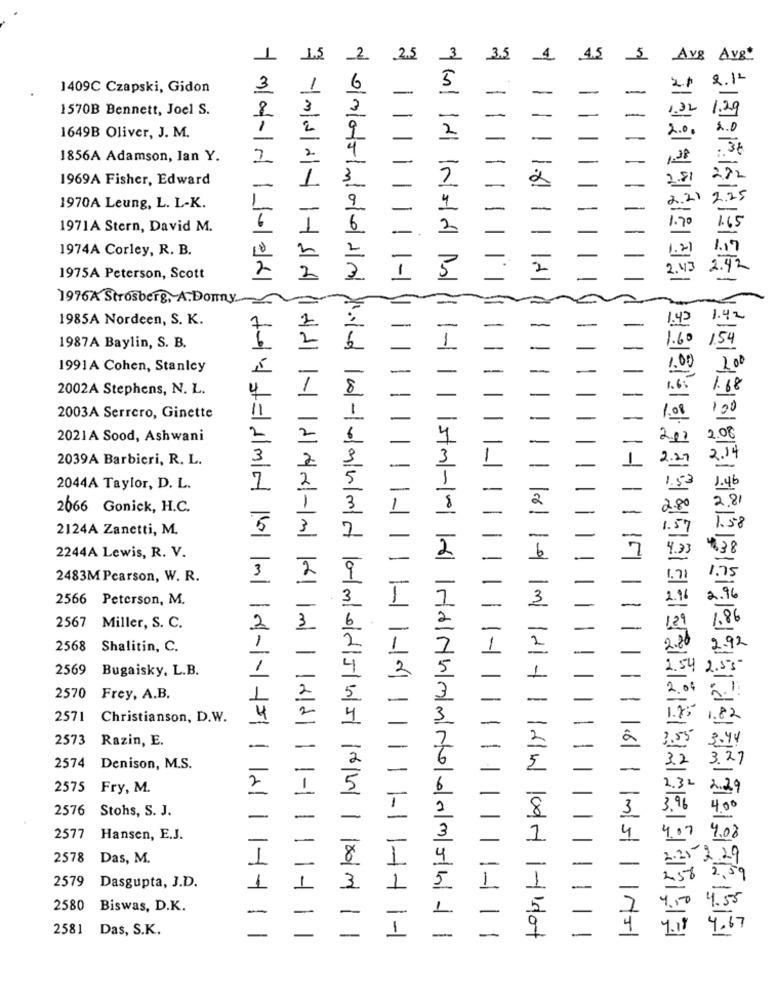
ST
1
2
25
3
3,5
4.5
Avg Avg"
2.12
1409C Czapski, Gidon
3
6
1570B Bennett, Joel S.
8
3
1
2
× 11
1649B Oliver, J. M.
-
1856A Adamson, lan Y.
2
2
38
1969A Fisher, Edward
1
3.
.81
-
1.6
1970A Leung, L. L-K.
1
9
1971A Stern, David M.
1
1974A Corley, R. B.
2
1975A Peterson, Scott
2
1
2
1976A Strosberg, A.Donny
1985A Nordeen, S. K.
1.43
2
1987A Baylin, S. B.
1991A Cohen, Stanley
2002A Stephens, N. L.
1
8
2003A Serrero, Ginette
2021A Sood, Ashwani
2
2
2039A Barbieri, R. L.
3
2
1-1
2044A Taylor, D. L.
2
2066 Gonick, H.C.
2124A Zanetti, M.
5
3
2244A Lewis, R. V.
151
2483M Pearson, W. R.
3
9
2566 Peterson, M.
3
-
2567
Miller, S. C.
2
3
2568
Shalitin, C.
2569
Bugaisky, L.B.
1
1-101
2570
Frey, A.B.
2571
Christianson, D.W.
=dmdmd-
2573 Razin, E.
2574
Denison, M.S.
2575 Fry, M.
2
2576
Stohs, S. J.
2577
Hansen, E.J.
2578
Das, M.
2579
Dasgupta, J.D.
2580
Biswas, D.K.
2581
Das, S.K.
need -darmdamed545 65
---
5mrdNummrodomah-
1-1 11
66MJ